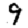
Digit: 9